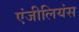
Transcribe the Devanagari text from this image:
एंजीलियंस